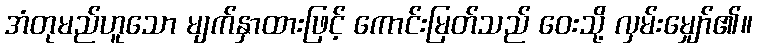
အံတုမည်ဟူသော မျက်နှာထားဖြင့် ကောင်းမြတ်သည် ဝေးသို့ လှမ်းမျှော်၏။